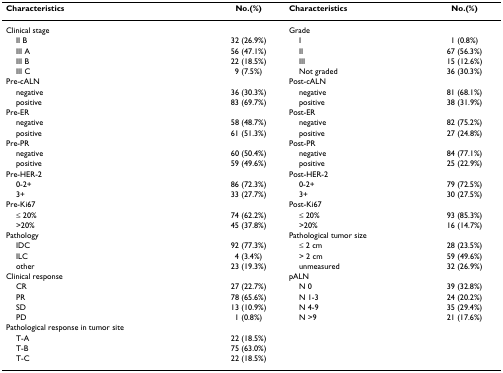
<table><thead><tr><td><b>Characteristics</b></td><td><b>No.(%)</b></td><td><b>Characteristics</b></td><td><b>No.(%)</b></td></tr></thead><tbody><tr><td>Clinical stage</td><td></td><td>Grade</td><td></td></tr><tr><td> II B</td><td>32 (26.9%)</td><td> I</td><td>1 (0.8%)</td></tr><tr><td> III A</td><td>56 (47.1%)</td><td> II</td><td>67 (56.3%)</td></tr><tr><td> III B</td><td>22 (18.5%)</td><td> III</td><td>15 (12.6%)</td></tr><tr><td> III C</td><td>9 (7.5%)</td><td> Not graded</td><td>36 (30.3%)</td></tr><tr><td>Pre-cALN</td><td></td><td>Post-cALN</td><td></td></tr><tr><td> negative</td><td>36 (30.3%)</td><td> negative</td><td>81 (68.1%)</td></tr><tr><td> positive</td><td>83 (69.7%)</td><td> positive</td><td>38 (31.9%)</td></tr><tr><td>Pre-ER</td><td></td><td>Post-ER※</td><td></td></tr><tr><td> negative</td><td>58 (48.7%)</td><td> negative</td><td>82 (75.2%)</td></tr><tr><td> positive</td><td>61 (51.3%)</td><td> positive</td><td>27 (24.8%)</td></tr><tr><td>Pre-PR</td><td></td><td>Post-PR※</td><td></td></tr><tr><td> negative</td><td>60 (50.4%)</td><td> negative</td><td>84 (77.1%)</td></tr><tr><td> positive</td><td>59 (49.6%)</td><td> positive</td><td>25 (22.9%)</td></tr><tr><td>Pre-HER-2</td><td></td><td>Post-HER-2※</td><td></td></tr><tr><td> 0-2+</td><td>86 (72.3%)</td><td> 0-2+</td><td>79 (72.5%)</td></tr><tr><td> 3+</td><td>33 (27.7%)</td><td> 3+</td><td>30 (27.5%)</td></tr><tr><td>Pre-Ki67</td><td></td><td>Post-Ki67※</td><td></td></tr><tr><td> ≤ 20%</td><td>74 (62.2%)</td><td> ≤ 20%</td><td>93 (85.3%)</td></tr><tr><td> &gt;20%</td><td>45 (37.8%)</td><td> &gt;20%</td><td>16 (14.7%)</td></tr><tr><td>Pathology</td><td></td><td>Pathological tumor size</td><td></td></tr><tr><td> IDC</td><td>92 (77.3%)</td><td> ≤ 2 cm</td><td>28 (23.5%)</td></tr><tr><td> ILC</td><td>4 (3.4%)</td><td> &gt; 2 cm</td><td>59 (49.6%)</td></tr><tr><td> other</td><td>23 (19.3%)</td><td> unmeasured</td><td>32 (26.9%)</td></tr><tr><td>Clinical response</td><td></td><td>pALN</td><td></td></tr><tr><td> CR</td><td>27 (22.7%)</td><td> N 0</td><td>39 (32.8%)</td></tr><tr><td> PR</td><td>78 (65.6%)</td><td> N 1-3</td><td>24 (20.2%)</td></tr><tr><td> SD</td><td>13 (10.9%)</td><td> N 4-9</td><td>35 (29.4%)</td></tr><tr><td> PD</td><td>1 (0.8%)</td><td> N &gt;9</td><td>21 (17.6%)</td></tr><tr><td>Pathological response in tumor site</td><td></td><td></td><td></td></tr><tr><td> T-A</td><td>22 (18.5%)</td><td></td><td></td></tr><tr><td> T-B</td><td>75 (63.0%)</td><td></td><td></td></tr><tr><td> T-C</td><td>22 (18.5%)</td><td></td><td></td></tr></tbody></table>